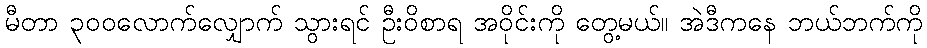
မီတာ ၃၀၀လောက်လျှောက် သွားရင် ဦးဝိစာရ အဝိုင်းကို တွေ့မယ်။ အဲဒီကနေ ဘယ်ဘက်ကို